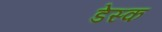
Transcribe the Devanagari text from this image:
डेस्‍क